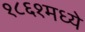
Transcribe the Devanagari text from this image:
१८६१मध्ये